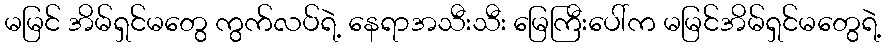
မမြင် အိမ်ရှင်မတွေ ကွက်လပ်ရဲ့ နေရာအသီးသီး မြေကြီးပေါ်က မမြင်အိမ်ရှင်မတွေရဲ့